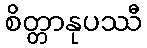
စိတ္တာနုပဿီ